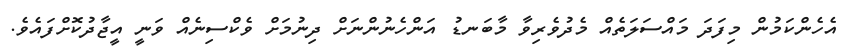
އެހެންކަމުން މިފަދަ މައްސަލަތެއް މެދުވެރިވާ މާބަނޑު އަންހެނުންނަށް ދިނުމަށް ވެކްސިނެއް ވަނީ އީޖާދުކޮށްފައެވެ.